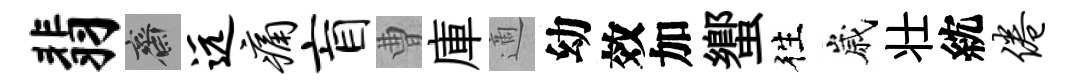
翡齋远痛盲曹庫適幼效加蠁徃嵗壮紞倦